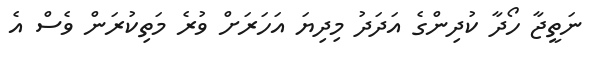
ނަތީޖާ ހޯދާ ކުދިންގެ އަދަދު މިދިޔަ އަހަރަށް ވުރެ މަތިކުރަން ވެސް އެ